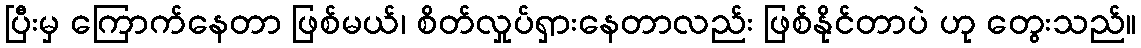
ပြီးမှ ကြောက်နေတာ ဖြစ်မယ်၊ စိတ်လှုပ်ရှားနေတာလည်း ဖြစ်နိုင်တာပဲ ဟု တွေးသည်။